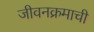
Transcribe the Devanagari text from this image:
जीवनक्रमाची